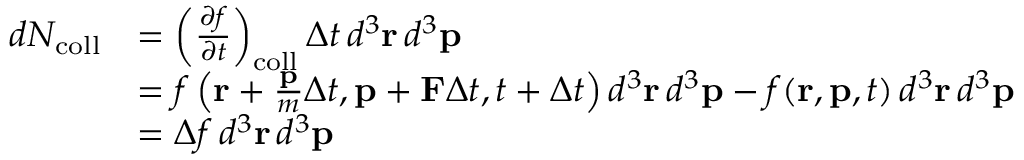
{ \begin{array} { r l } { d N _ { \mathrm { c o l l } } } & { = \left( { \frac { \partial f } { \partial t } } \right) _ { \mathrm { c o l l } } \Delta t \, d ^ { 3 } \mathbf { r } \, d ^ { 3 } \mathbf { p } } \\ & { = f \left( \mathbf { r } + { \frac { \mathbf { p } } { m } } \Delta t , \mathbf { p } + \mathbf { F } \Delta t , t + \Delta t \right) d ^ { 3 } \mathbf { r } \, d ^ { 3 } \mathbf { p } - f ( \mathbf { r } , \mathbf { p } , t ) \, d ^ { 3 } \mathbf { r } \, d ^ { 3 } \mathbf { p } } \\ & { = \Delta f \, d ^ { 3 } \mathbf { r } \, d ^ { 3 } \mathbf { p } } \end{array} }